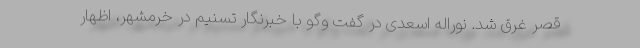
قصر غرق شد. نوراله اسعدی در گفت وگو با خبرنگار تسنیم در خرمشهر، اظهار